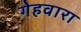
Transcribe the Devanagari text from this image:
गेहवारा